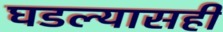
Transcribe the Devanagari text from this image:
घडल्यासही